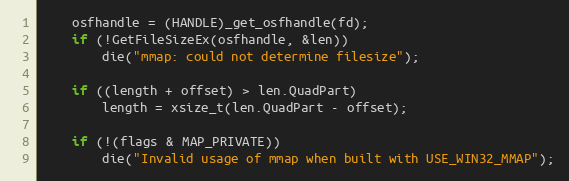
Language: C
	osfhandle = (HANDLE)_get_osfhandle(fd);
	if (!GetFileSizeEx(osfhandle, &len))
		die("mmap: could not determine filesize");

	if ((length + offset) > len.QuadPart)
		length = xsize_t(len.QuadPart - offset);

	if (!(flags & MAP_PRIVATE))
		die("Invalid usage of mmap when built with USE_WIN32_MMAP");